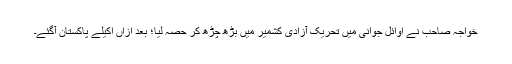
خواجہ صاحب نے اوائلِ جوانی میں تحریک آزادی کشمیر میں بڑھ چڑھ کر حصہ لیا؛ بعد ازاں اکیلے پاکستان آگئے۔